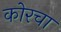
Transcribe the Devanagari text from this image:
कोरचा